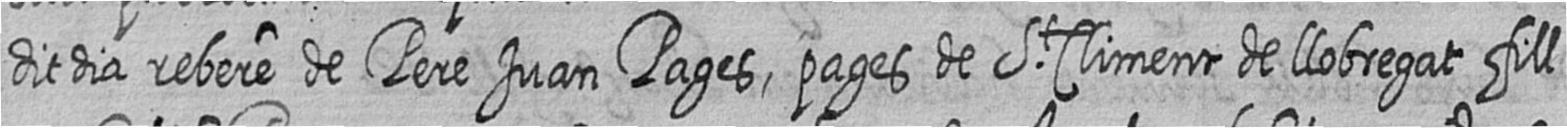
dit dia rebere de Pere Juan Pages pages de St Climent de llobregat fill